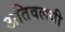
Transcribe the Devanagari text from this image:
अतिवलयी